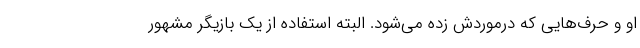
او و حرف‌هایی که درموردش زده می‌شود. البته استفاده از یک بازیگر مشهور